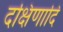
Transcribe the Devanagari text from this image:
दक्षिणादि